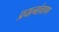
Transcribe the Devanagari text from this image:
प्रयत्नांचापण